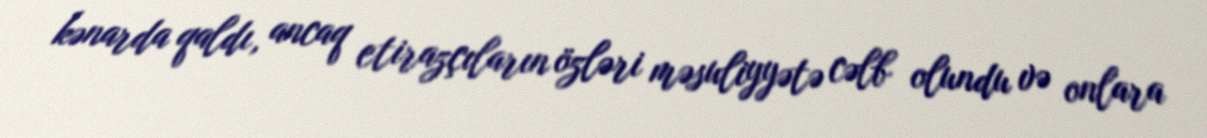
kənarda qaldı, ancaq etirazçıların özləri məsuliyyətə cəlb olundu və onlara